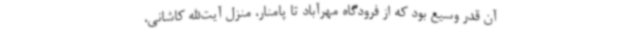
آن قدر وسیع بود که از فرودگاه مهرآباد تا پامنار، منزل آیت‌الله کاشانی،